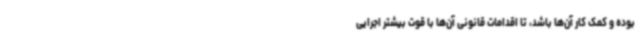
بوده و کمک کار آن‌ها باشد، تا اقدامات قانونی آن‌ها با قوت بیشتر اجرایی